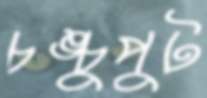
চঙ্চুপুট